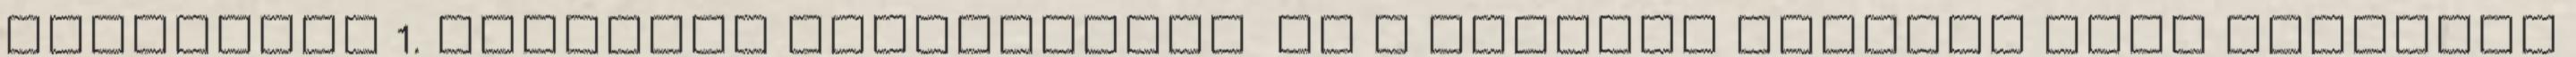
augusztus 1. Fordítás szerkesztés Ez a szócikk részben vagy egészben